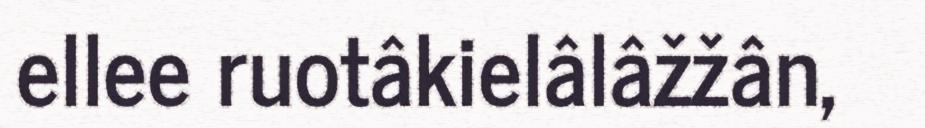
ellee ruotâkielâlâžžân,